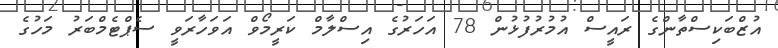
އުޒްބަކިސްތާންގެ ރައީސް އުމުރުފުޅުން 78 އަހަރުގެ އިސްލާމް ކަރީމޯވް އަވަހާރަވީ ސެޕްޓެމްބަރު މަހުގެ